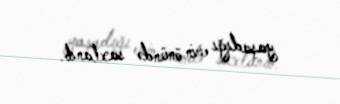
yaşadığı evin önündə saxlanıb.